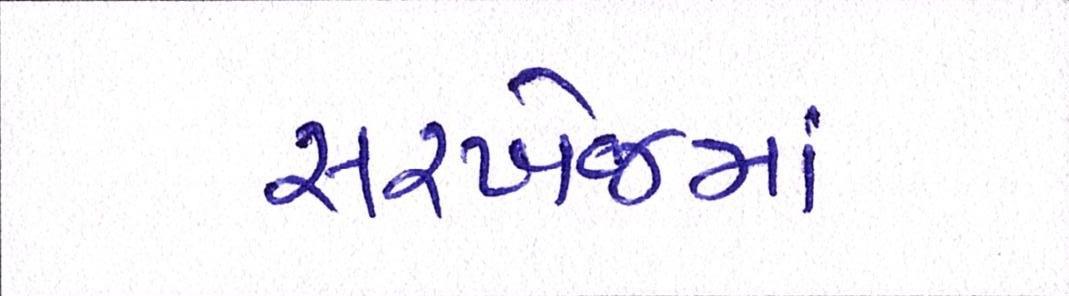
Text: સરખેજમાં